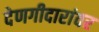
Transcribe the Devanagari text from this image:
देणगीदारांवर